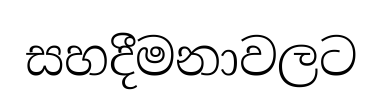
සහදීමනාවලට